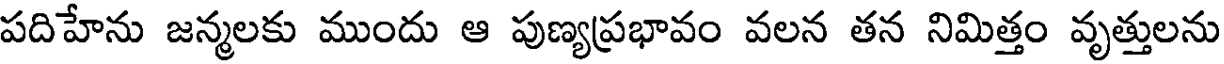
పదిహేను జన్మలకు ముందు ఆ పుణ్యప్రభావం వలన తన నిమిత్తం వృత్తులను